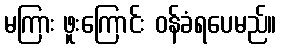
မကြား ဖူးကြောင်း ဝန်ခံရပေမည်။